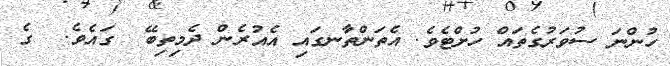
ހުންނަ ސުވަރުގެތައް ހުށްޓެވެ. އެތަންތާނގައި އެއުރެން ދެމިތިބޭ  ގައެވެ.  ގެ